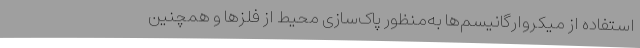
استفاده از میکروارگانیسم‌ها به‌منظور پاک‌سازی محیط از فلزها و همچنین